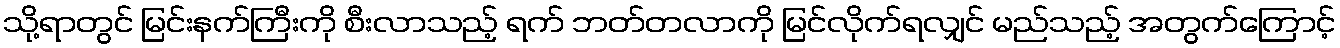
သို့ရာတွင် မြင်းနက်ကြီးကို စီးလာသည့် ရက် ဘတ်တလာကို မြင်လိုက်ရလျှင် မည်သည့် အတွက်ကြောင့်